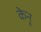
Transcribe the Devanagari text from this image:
केनू